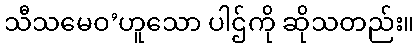
သီသမေဝ’ဟူသော ပါဌ်ကို ဆိုသတည်း။